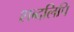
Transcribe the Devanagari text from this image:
शब्दलिपि